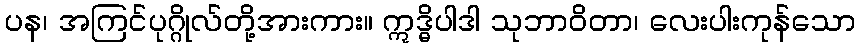
ပန၊ အကြင်ပုဂ္ဂိုလ်တို့အားကား။ ဣဒ္ဓိပါဒါ သုဘာဝိတာ၊ လေးပါးကုန်သော